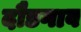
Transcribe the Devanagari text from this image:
दौडगाव